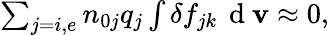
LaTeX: \begin{array}{r}{\sum_{j=i,e}n_{0j}q_{j}\int\delta f_{j{k}}\, \mathrm{~d~}\mathbf{v}\approx 0,}\end{array}